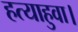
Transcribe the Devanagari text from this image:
हत्याहुवा।